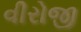
વીરોજી